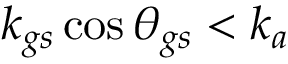
k _ { g s } \cos { \theta _ { g s } } < k _ { a }